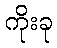
ကိုးခု